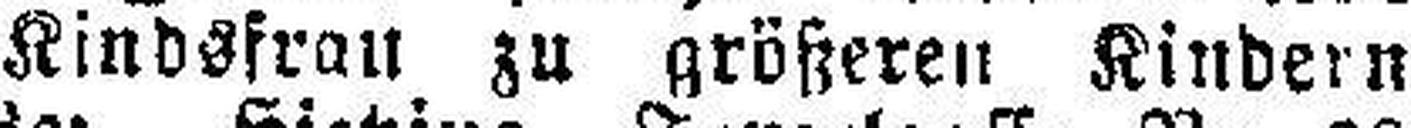
Kindsfrau zu größeren Kindern.